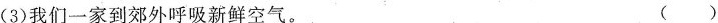
(3)我们一家到郊外呼吸新鲜空气。( )